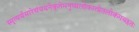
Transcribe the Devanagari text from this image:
स्मृत्यर्थसारेसंचयनेकृतेमनुष्यलोकात्प्रेतलोकंगच्छतः